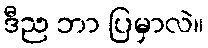
ဒီည ဘာ ပြမှာလဲ။